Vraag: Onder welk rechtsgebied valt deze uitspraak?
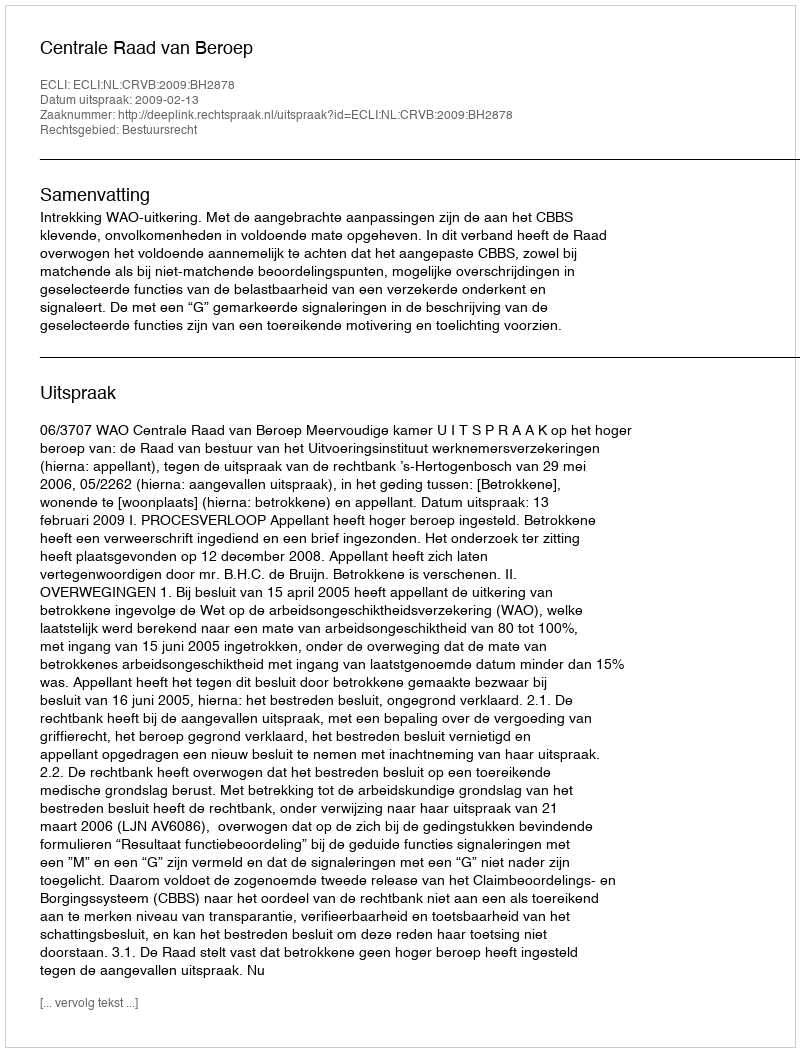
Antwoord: Bestuursrecht